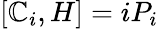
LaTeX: [\mathbb{C}_{i},H]=iP_{i}\,